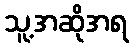
သူ့အဆိုအရ